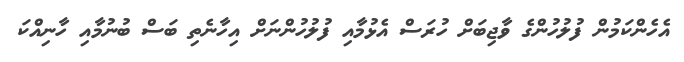
އެހެންކަމުން ފުލުހުންގެ ވާޖިބަށް ހުރަސް އެޅުމާއި ފުލުހުންނަށް އިހާނެތި ބަސް ބުނުމާއި ހާނިއްކަ